Vaccination in Bombay 1889-1901 - 1889-1901
Year: 1889
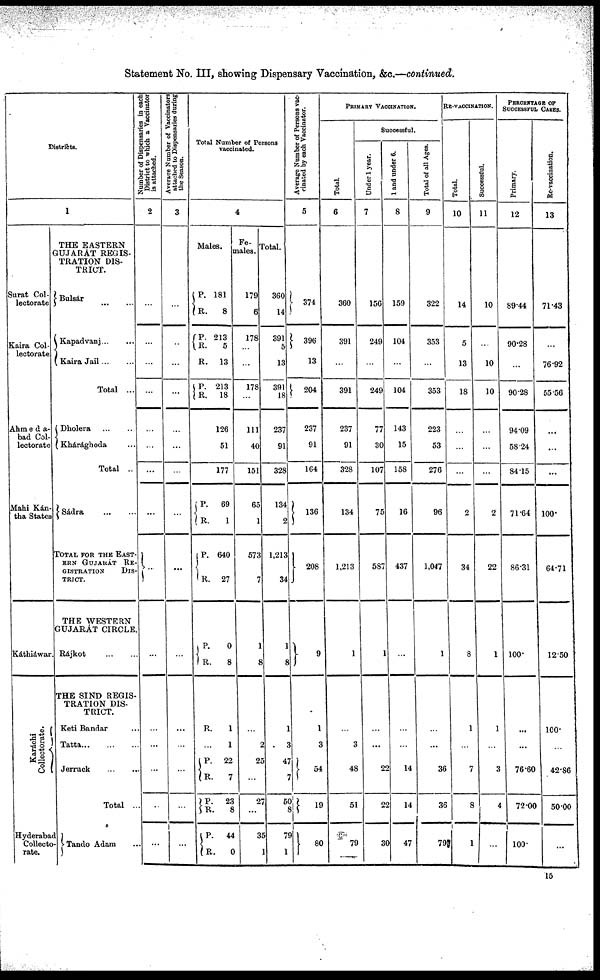
Statement No. III, showing Dispensary Vaccination, &c.—continued.
Districts.
1
Surat Col-
lectorate
Kaira Col-
lectorate
Ahmeda-
bad Col-
lectorate
Mahi Kán
tha States
Káthiáwar
Karachi
Collectorate.
Hyderabad
Collecto-
rate.
THE EASTERN
GUJARAT REGIS-
TRATION DIS-
TRICT.
Bulsár ... ... ...
Kapadvanj ... ...
Kaira Jail ... ...
Total ...
Dholera
...
...
Khárághoda ... ...
Total ..
Sádra ... ...
TOTAL FOR THE EAST-
ERN GUJARÁT RE-
GISTRATION
DIS-
TRICT.
THE WESTERN
GUJARÁT CIRCLE.
Rájkot ... ...
THE SIND REGIS-
TRATION DIS-
TRICT.
Keti Bandar ...
Tatta ... ...
Jerruck ...
Total ...
Tando Adam ...
Number of Dispensaries in each
District to which a Vaccinator
is attached.
2
...
...
...
...
...
...
...
...
...
...
...
...
...
...
...
...
Average Number of Vaccinators
attached to Dispensaries during
the Season.
3
...
...
...
...
...
...
...
...
...
...
...
...
...
...
...
...
Total Number of Persons
vaccinated.
4
Males.
P.
R.
P.
R.
R.
P.
R.
181
8
213
5
13
213
18
126
51
177
P.
R.
P.
R.
P.
R.
R.
69
1
640
27
0
8
1
1
P.
R.
P.
R.
P.
R.
22
7
23
8
44
0
Fe-
males.
179
6
178
...
...
178
...
111
40
151
65
1
573
7
1
8
...
2
25
...
27
...
35
0
Total.
360
14
391
5
13
391
18
237
91
328
134
2
1,213
34
1
8
1
3
47
7
50
8
79
1
Average Number of Persons vac-
cinated by each Vaccinator.
5
374
396
13
204
237
91
164
136
208
9
1
3
54
19
80
PRIMARY VACCINATION.
Total.
6
360
391
...
391
237
91
328
134
1,213
1
1
3
48
51
79
Successful.
Under 1 year.
7
156
249
...
249
77
30
107
75
587
1
...
3
22
22
30
1 and under 6.
8
159
104
...
104
143
15
158
16
437
...
...
...
...
14
14
47
Total of all Ages.
9
322
353
...
353
223
53
276
96
1,047
1
...
...
...
36
36
79
RE-VACCINATION.
Total.
10
14
5
13
18
...
...
...
2
34
8
1
...
7
8
1
Successful.
11
10
...
10
10
...
...
...
2
22
1
1
...
3
4
...
PERCENTAGE OF
SUCCESSFUL CASES.
Primary.
12
89.44
90.28
...
90.28
94.09
58.24
84.15
71.64
86.31
100.
...
...
76.60
72.00
100
Re-vaccination.
13
71.43
...
76.92
55.56
...
...
...
100.
64.71
12.50
100.
42.86
50.00
...
15